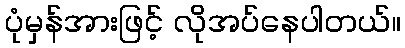
ပုံမှန်အားဖြင့် လိုအပ်နေပါတယ်။